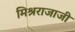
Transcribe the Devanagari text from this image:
मिश्रराजाजी